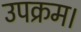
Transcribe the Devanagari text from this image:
उपक्रम।